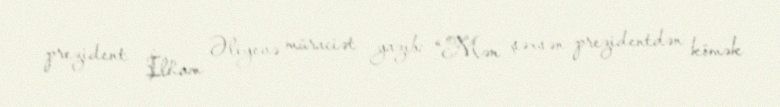
prezident İlham Əliyevə müraciət yazıb: “Mən şəxsən prezidentdən kömək